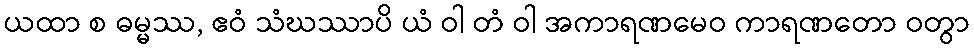
ယထာ စ ဓမ္မဿ, ဧဝံ သံဃဿာပိ ယံ ဝါ တံ ဝါ အကာရဏမေဝ ကာရဏတော ဝတွာ